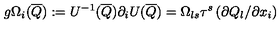
g \Omega _ { i } ( \overline { Q } ) : = U ^ { - 1 } ( \overline { Q } ) \partial _ { i } U ( \overline { Q } ) = \Omega _ { l s } \tau ^ { s } \left( \partial Q _ { l } / \partial x _ { i } \right)